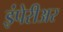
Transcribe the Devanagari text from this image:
इंपेरीअर